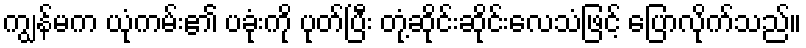
ကျွန်မက ယုံကမ်း၏ ပခုံးကို ပုတ်ပြီး တုံ့ဆိုင်းဆိုင်းလေသံဖြင့် ပြောလိုက်သည်။